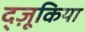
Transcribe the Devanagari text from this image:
द्ज़ूकिया